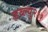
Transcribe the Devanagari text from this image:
डब्ल्यु२११